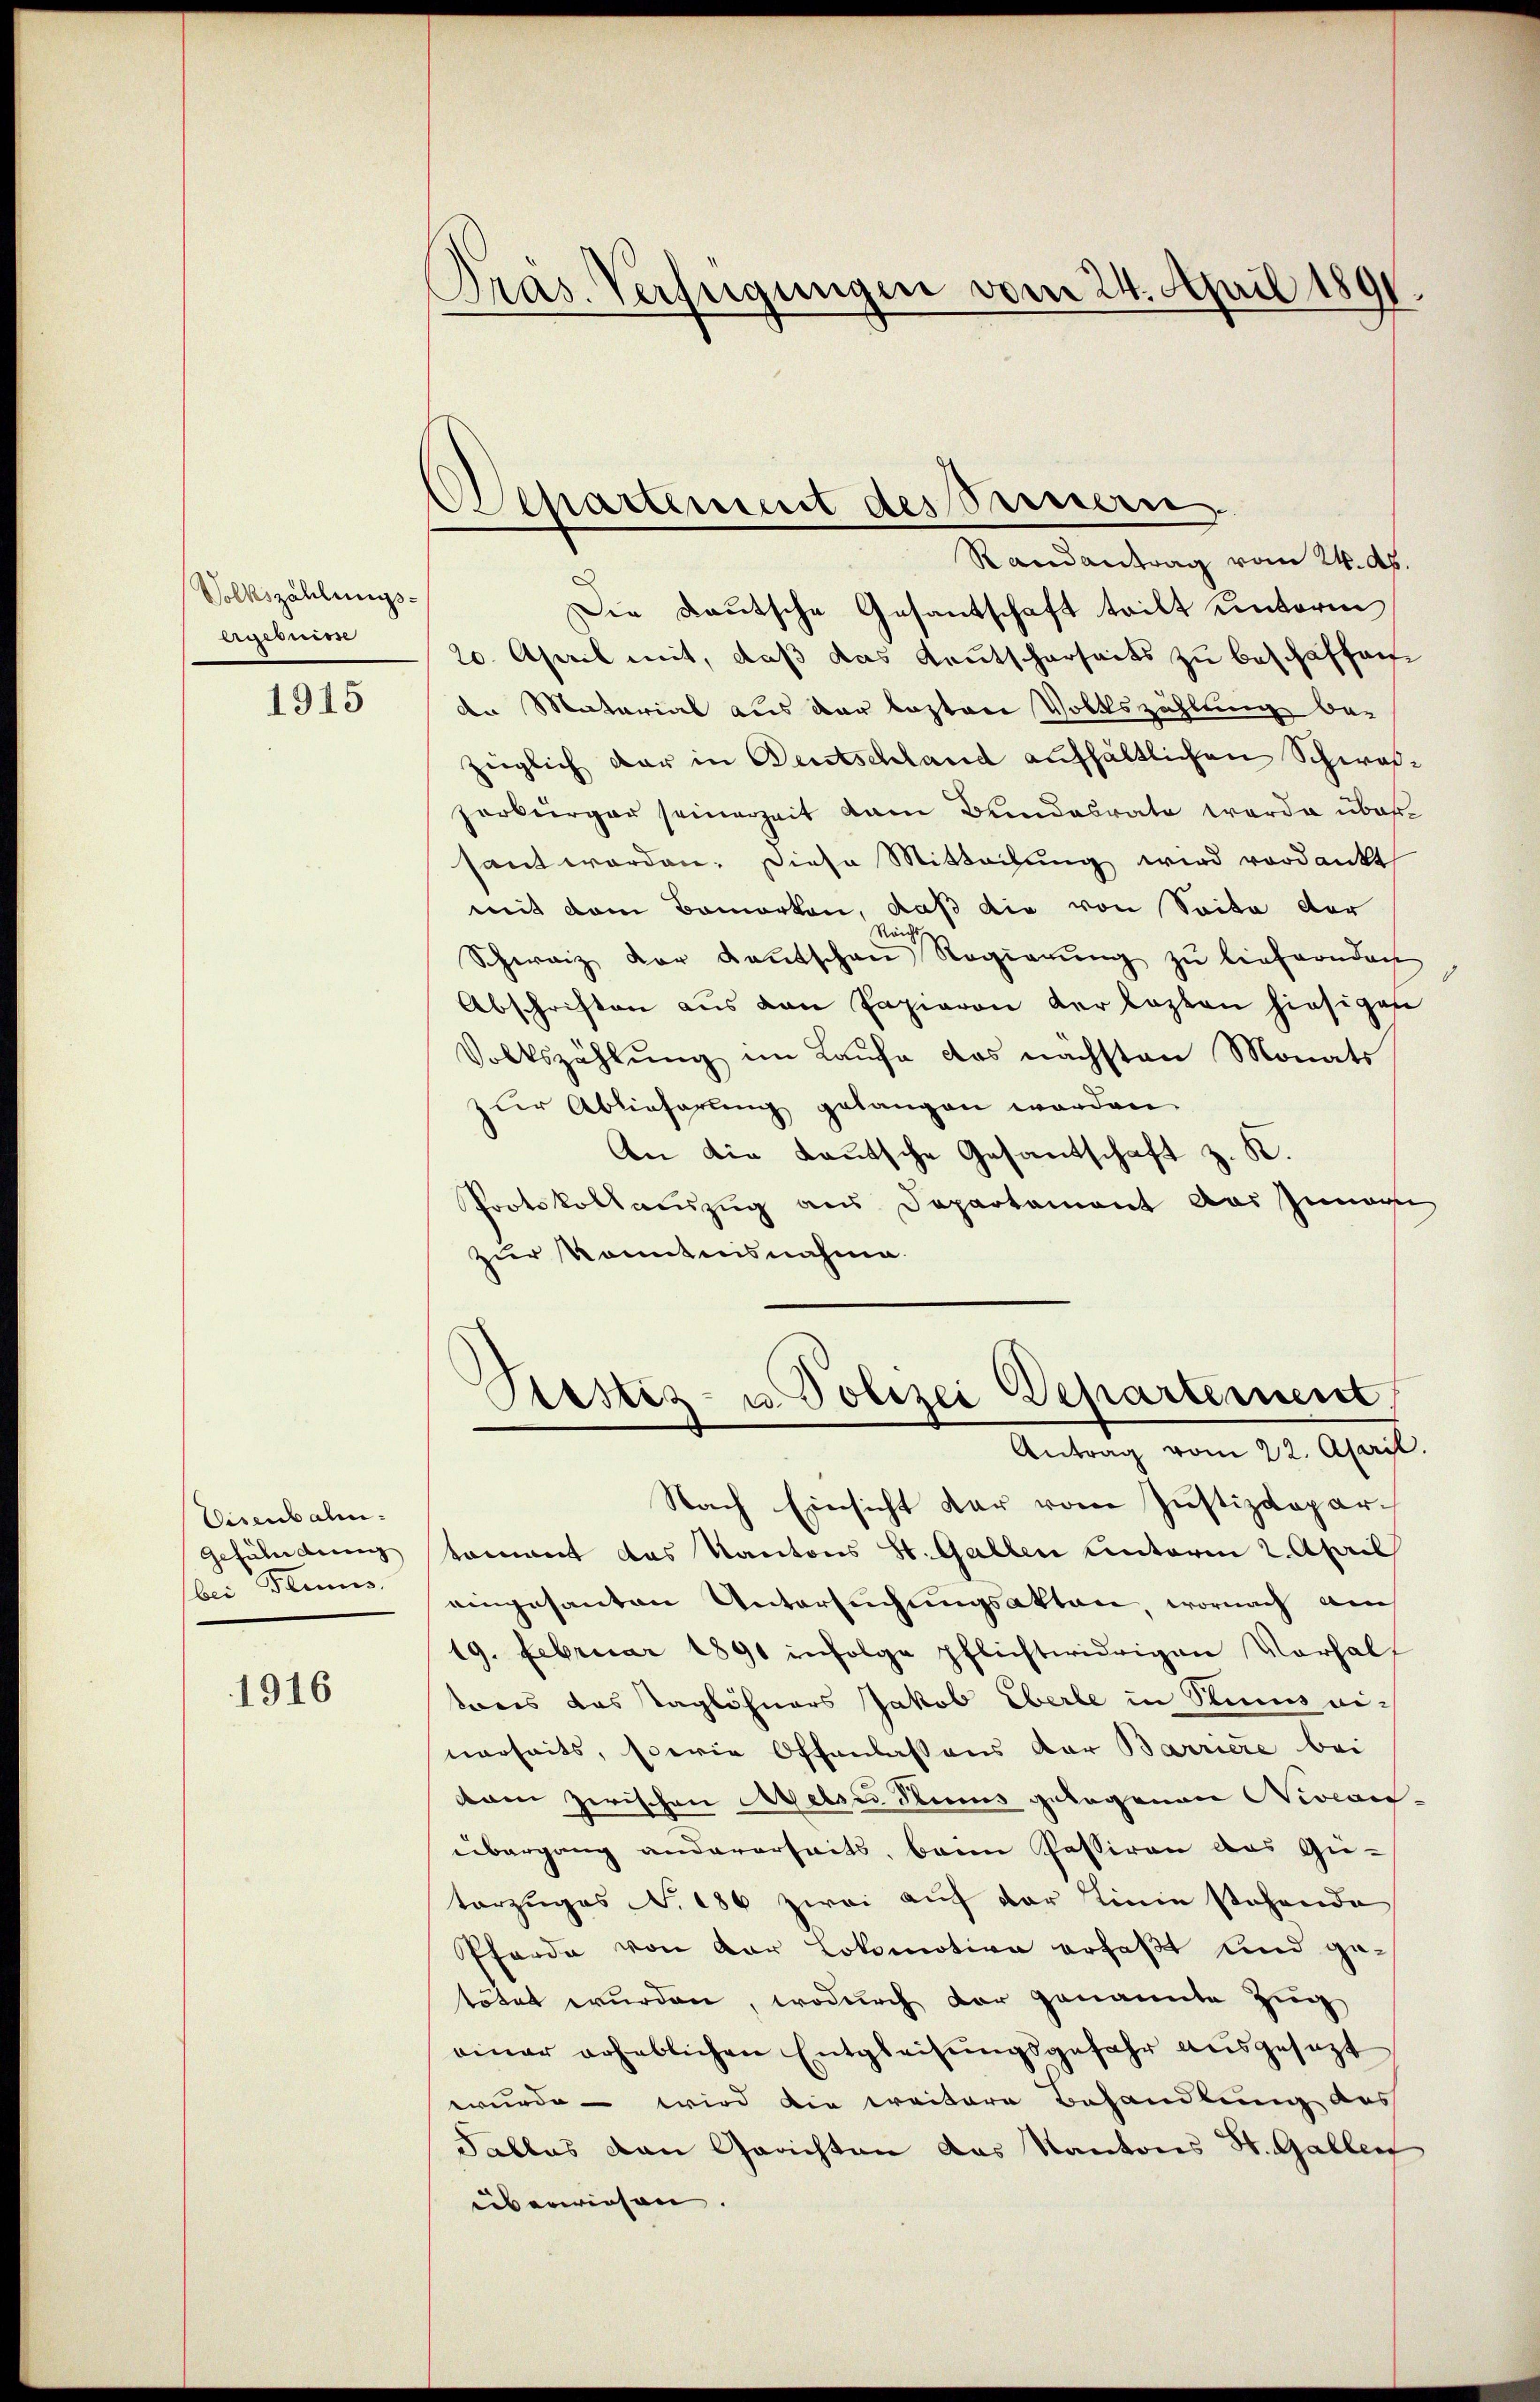
Volkszählungs-
Egesien

1915

Eisenbahn.
gefährdung
bei Flus

1916

Dras. Verfügungen vom 24. April 1891.

Aepartement des Brennern.

Randantrag vom 24. ds.
Die Deutsche Gesantschaft teilt unterm
20. April mit, daß das Kautscharseits zu beschaffen.
den Material aus der lasten Volkszählung be-
züglich dar in Bentschland aufhältlichen Schwalzerbürger seinerzeit dem Bundesrate werde über
saut worden. Diese Mitteilung wird verdankt
mit dem Bemerken, daß die von Seite der
Reichts
Schweiz der Kantschen Regierŭng zu lieferndach
Abschriften aus den Papieren der lezten hiesigen
Volkszählŭng im Laŭfe das nächsten Monats
zur Ablieferung gelangen worden.
An die Lautsche Gesantschaft z. K.
Protokollauszug aus Departement das Zuna
zur Kenntnisnahme.
Astiz- u. Polizei Departement
Antrag vom 22. April.
Nach Einsicht dar vom Justizdeparkomant das Kantons St. Gallen Unterm 2. April
eingesanten Untersuchungsakten, wornach auch
19. Februar 1891 infolge pflichtwidrigen Vorhalt
tonis das Taglöhners Jakob Eberle in Stums ei-
nerheits, serie Offenlassens vor Barriere bei
dam zwischen Reise Stums gelegenen Niveau-
übergang andererseits, beim Passiren das Gu-
torzŭges N. 186 zwei aŭf der Linie stehende
Pferde von der Lokomotion erfaßt und getötet wurden, wodurch der genannte Zug
einer erheblichen Entgleisŭngsgefahr aŭsgesezt
wurde – wird die weitere Behandlung des
Tables von Gerichten das Kantons St. Gallen
überwiesen. |